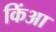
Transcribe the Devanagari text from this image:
किंआ